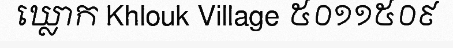
ឃ្លោក Khlouk Village ៥០១១៥០៩